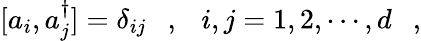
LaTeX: [a_{i},a_{j}^{\dagger}]=\delta_{ij}\ \ \ ,\ \ \ i,j=1,2,\cdots,d\ \ \ ,